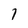
Character: 7